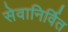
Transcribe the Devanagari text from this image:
सेवानिर्वित